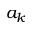
a _ { k }